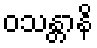
ဝသန္တာနိ